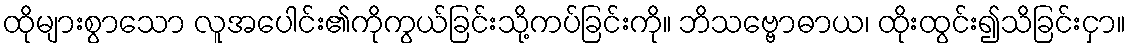
ထိုများစွာသော လူအပေါင်း၏ကိုကွယ်ခြင်းသို့ကပ်ခြင်းကို။ ဘိသဗ္ဗောဓာယ၊ ထိုးထွင်း၍သိခြင်းငှာ။